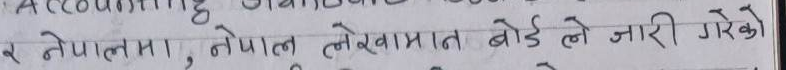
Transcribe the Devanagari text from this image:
र नेपालमा, नेपाल लेखामात बोर्ड ले जारी गरेको